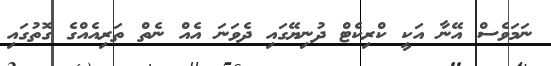
ނަމަވެސް އޭނާ އަކީ ކްރިކެޓް ދުނިޔޭގައި ދެވަނަ އެއް ނެތް ތަރިއެއްގެ ގޮތުގައި